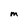
Character: M